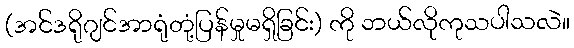
(အင်ဒရိုဂျင်အာရုံတုံ့ပြန်မှုမရှိခြင်း) ကို ဘယ်လိုကုသပါသလဲ။